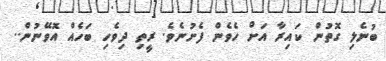
ބުނެލި ގޮތުން ކައިރާ އަށް ހެވެން ފެށުނެވެ. ރީތި ދިވެހި ބަހެއް އޮވޭނުން..